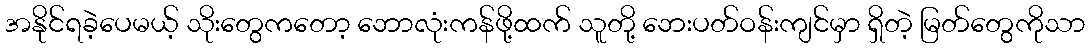
အနိုင်ရခဲ့ပေမယ့် သိုးတွေကတော့ ဘောလုံးကန်ဖို့ထက် သူတို့ ဘေးပတ်ဝန်းကျင်မှာ ရှိတဲ့ မြတ်တွေကိုသာ